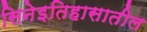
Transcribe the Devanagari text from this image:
सिनेइतिहासातील